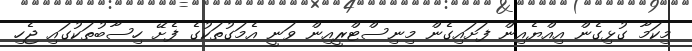
މިކަމާ ގުޅިގެން އިއްޔެއިން ފަށައިގެން މިނިސްޓްރީއިން ވަނީ އެމަގުތަކުގެ ފެށޭ ހިސާބުތަކުގައި ޖެހި